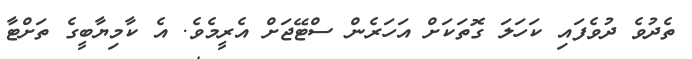
ތެދުވެ ދުވެފައި ކަހަލަ ގޮތަކަށް އަހަރެން ސްޓޭޖަށް އެރީމެވެ. އެ ކާމިޔާބީގެ ތަށްޓާ